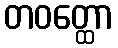
တဝတ္ထော